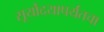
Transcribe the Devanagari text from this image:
सूर्योदयापर्यंतचा